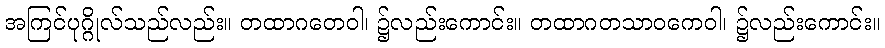
အကြင်ပုဂ္ဂိုလ်သည်လည်း။ တထာဂတေဝါ၊ ၌လည်းကောင်း။ တထာဂတသာဝကေဝါ၊ ၌လည်းကောင်း။